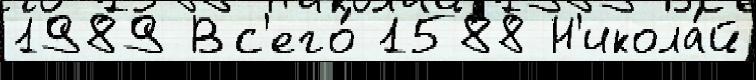
1989 Вс'его́ 1588 Н'икола́й